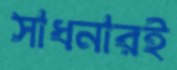
সাধনারই